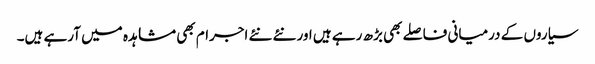
سیاروں کے درمیانی فاصلے بھی بڑھ رہے ہیں اور نئے نئے اجرام بھی مشاہدہ میں آرہے ہیں۔